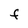
Character: f